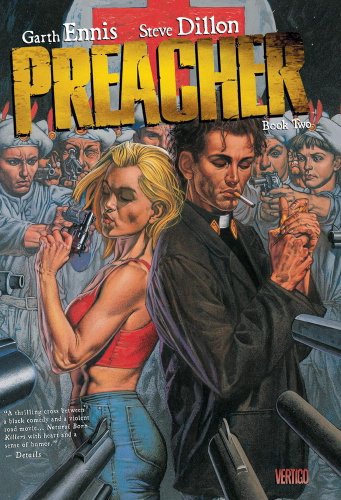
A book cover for Preacher Book Two; Garth Ennis; Comics & Graphic Novels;